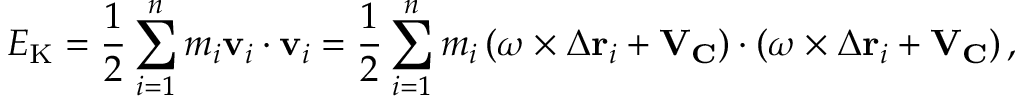
E _ { \mathrm { K } } = { \frac { 1 } { 2 } } \sum _ { i = 1 } ^ { n } m _ { i } \mathbf { v } _ { i } \cdot \mathbf { v } _ { i } = { \frac { 1 } { 2 } } \sum _ { i = 1 } ^ { n } m _ { i } \left( { \boldsymbol { \omega } } \times \Delta \mathbf { r } _ { i } + \mathbf { V } _ { \mathbf { C } } \right) \cdot \left( { \boldsymbol { \omega } } \times \Delta \mathbf { r } _ { i } + \mathbf { V } _ { \mathbf { C } } \right) ,